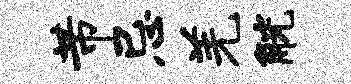
芾忌羌觥